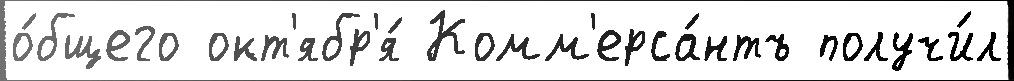
о́бщего окт'ябр'я́ Комм'ерса́нтъ получи́л